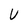
Character: U